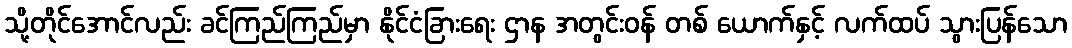
သို့တိုင်အောင်လည်း ခင်ကြည်ကြည်မှာ နိုင်ငံခြားရေး ဌာန အတွင်းဝန် တစ် ယောက်နှင့် လက်ထပ် သွားပြန်သော